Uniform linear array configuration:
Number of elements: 32
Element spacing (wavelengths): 0.5
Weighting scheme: blackman
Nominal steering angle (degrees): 45
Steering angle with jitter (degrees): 45.804
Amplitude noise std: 0.05
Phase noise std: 0.05

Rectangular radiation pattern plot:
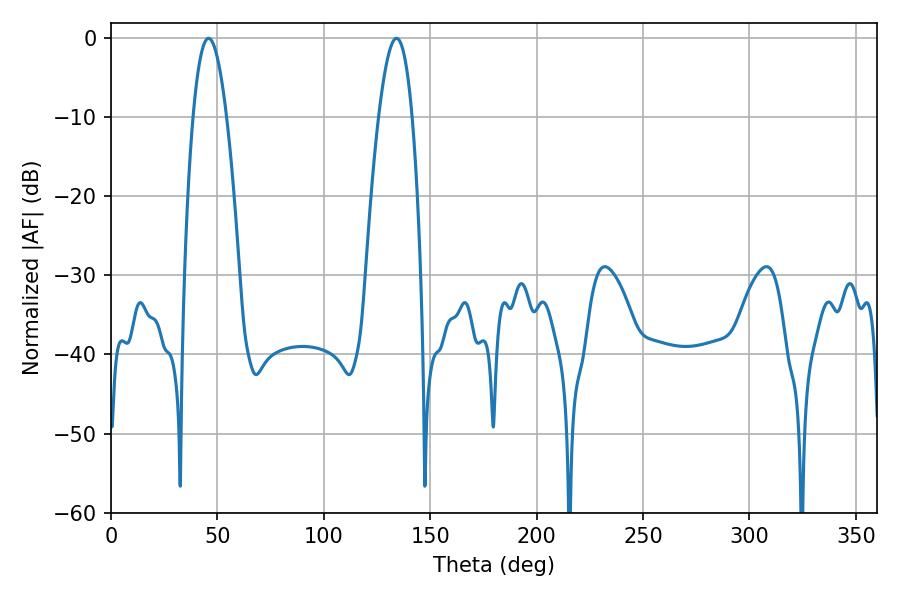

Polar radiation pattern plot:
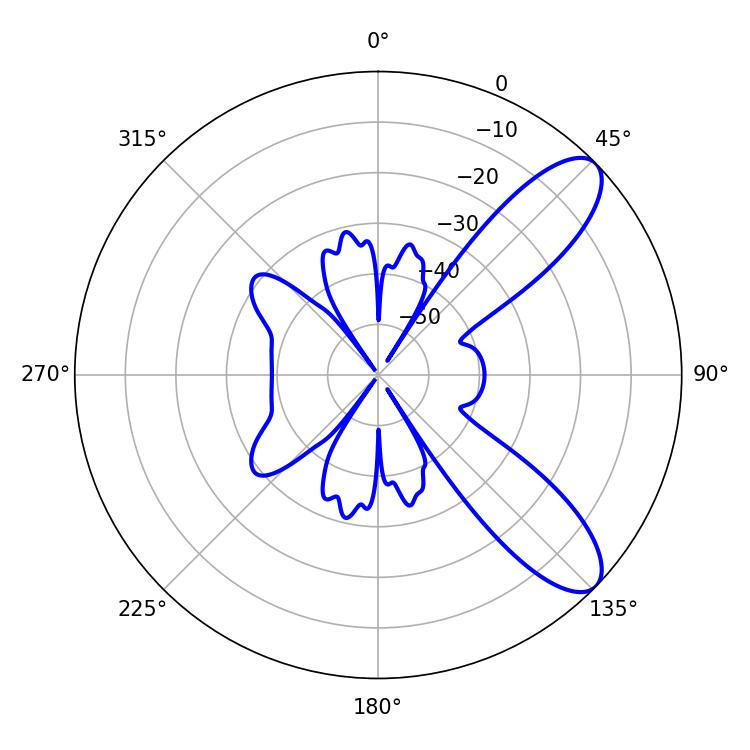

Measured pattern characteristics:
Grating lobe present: FALSE
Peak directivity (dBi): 9.332
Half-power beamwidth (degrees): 8.64
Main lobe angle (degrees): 45.9